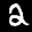
Label: 2